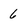
Character: 6